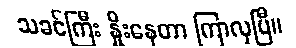
သခင်ကြီး နှိုးနေတာ ကြာလှပြီ။